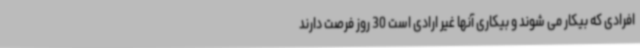
افرادی که بیکار می شوند و ‌بیکاری آنها غیر ارادی است 30 روز فرصت دارند